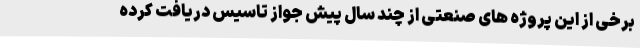
برخی از این پروژه های صنعتی از چند سال پیش جواز تاسیس دریافت کرده